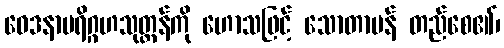
ဝေဒနာပရိဂ္ဂဟသုတ္တန်ကို ဟောသဖြင့် သောတာပန် တည်စေ၏၊